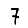
Digit: 7